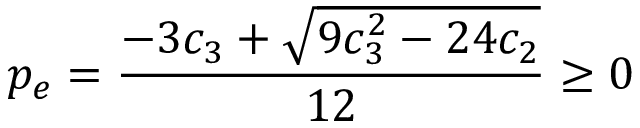
p _ { e } = \frac { - 3 c _ { 3 } + \sqrt { 9 c _ { 3 } ^ { 2 } - 2 4 c _ { 2 } } } { 1 2 } \ge 0